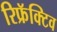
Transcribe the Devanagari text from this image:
रिफ्रॅक्टिव